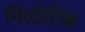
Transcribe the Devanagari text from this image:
निलोटिक